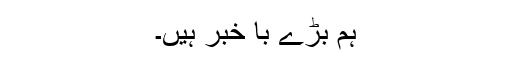
ہم بڑے با خبر ہیں۔